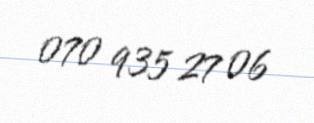
070 935 27 06